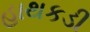
હાથકડી